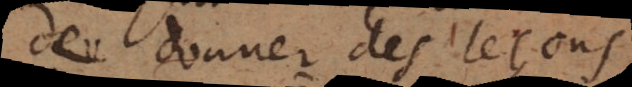
de donner des leçons